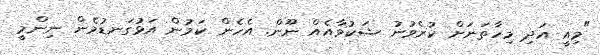
"މިއީ އަދި މިހާތަނަށް ކުރެވުނު ޝަކުވާއެއް ނޫން. އެހެން ކަމުން އަޅުގަނޑުމެން ނިންމީ